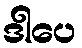
ဒါပေ